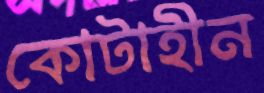
কোটাহীন